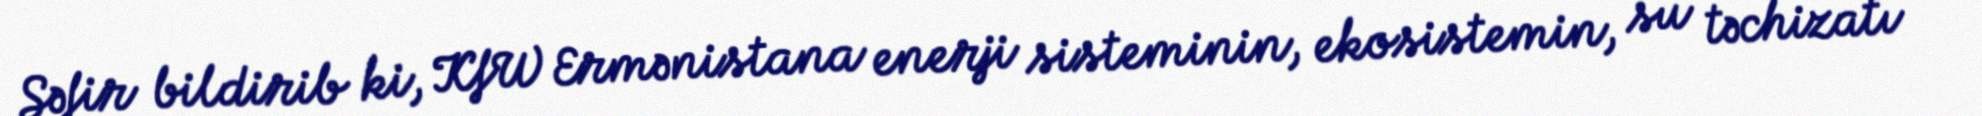
Səfir bildirib ki, KfW Ermənistana enerji sisteminin, ekosistemin, su təchizatı